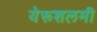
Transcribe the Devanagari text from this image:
येरूशलमी